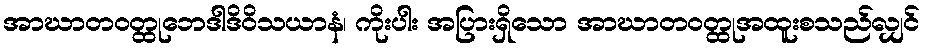
အာဃာတဝတ္ထုဘေဒါဒိဝိသယာနံ၊ ကိုးပါး အပြားရှိသော အာဃာတဝတ္ထုအထူးစသည်လျှင်